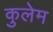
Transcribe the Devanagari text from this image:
कुलेम